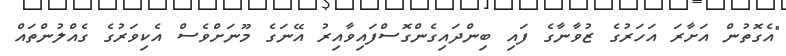
"އެގޮތުން އަށާރަ އަހަރުގެ ޒުވާނާގެ ފައި ބިންދައިގެންގޮސްފައިވާއިރު އޭނަގެ މޫނަށްވެސް އެކިވަރުގެ ގެއްލުންތައް